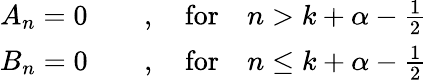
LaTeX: \begin{array}{c}{{A_{n}=0\qquad,\quad\mathrm{for}\quad n>k+\alpha-\frac{1}{2}}}\\ {{B_{n}=0\qquad,\quad\mathrm{for}\quad n\leq k+\alpha-\frac{1}{2}}}\end{array}